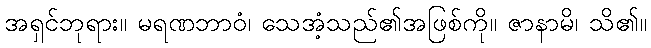
အရှင်ဘုရား။ မရဏဘာဝံ၊ သေအံ့သည်၏အဖြစ်ကို။ ဇာနာမိ၊ သိ၏။